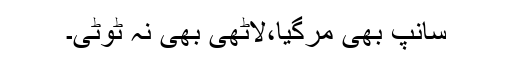
سانپ بھی مرگیا،لاٹھی بھی نہ ٹوٹی۔